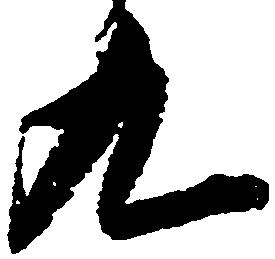
九